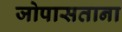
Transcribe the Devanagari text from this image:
जोपासताना